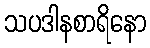
သပဒါနစာရိနော